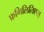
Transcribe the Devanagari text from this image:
फ्रगिलितिएस्